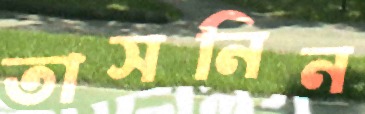
তাসনিন